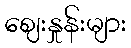
ဈေးနှုန်းများ